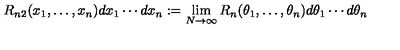
R _ { n 2 } ( x _ { 1 } , \ldots , x _ { n } ) d x _ { 1 } \cdots d x _ { n } : = \lim _ { N \rightarrow \infty } R _ { n } ( \theta _ { 1 } , \ldots , \theta _ { n } ) d \theta _ { 1 } \cdots d \theta _ { n }